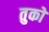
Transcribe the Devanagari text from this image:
तुको